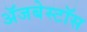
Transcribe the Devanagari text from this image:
ॲजबेस्टॉस